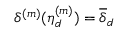
\delta ^ { ( m ) } ( \boldsymbol { \eta } _ { d } ^ { ( m ) } ) = \overline { { \delta } } _ { d }